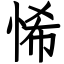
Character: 悕